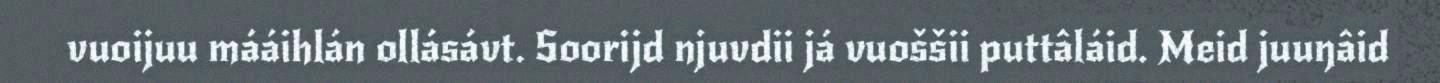
vuoijuu mááihlán ollásávt. Soorijd njuvdii já vuoššii puttâláid. Meid juuŋâid